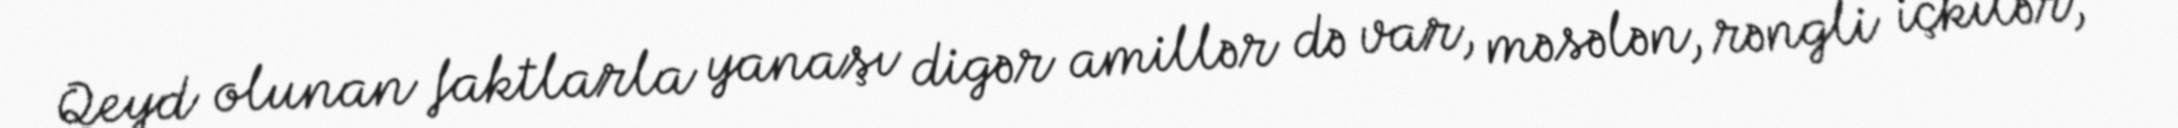
Qeyd olunan faktlarla yanaşı digər amillər də var, məsələn, rəngli içkilər,